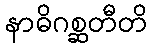
နာဓိဂစ္ဆတီတိ